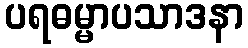
ပရဓမ္မာပသာဒနာ